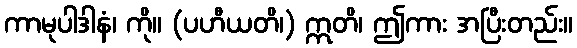
ကာမုပါဒါနံ၊ ကို။ (ပဟီယတိ၊) ဣတိ၊ ဤကား အပြီးတည်း။